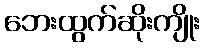
ဘေးထွက်ဆိုးကျိုး